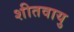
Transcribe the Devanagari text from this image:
शीतवायु